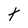
Character: t